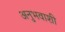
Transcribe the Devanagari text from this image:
अनुभवाशी